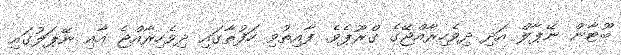
ބޫޓާން ނޭޕާލް އަދި ދިވެހިރާއްޖޭގެ ގްރޫޕެވެ. ފާއިތުވި ހަފުތާގައި ދިވެހިރާއްޖެ އާއި ނޭޕަލުގައި